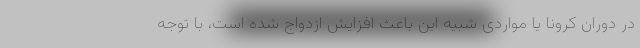
در دوران کرونا یا مواردی شبیه این باعث افزایش ازدواج شده است، با توجه